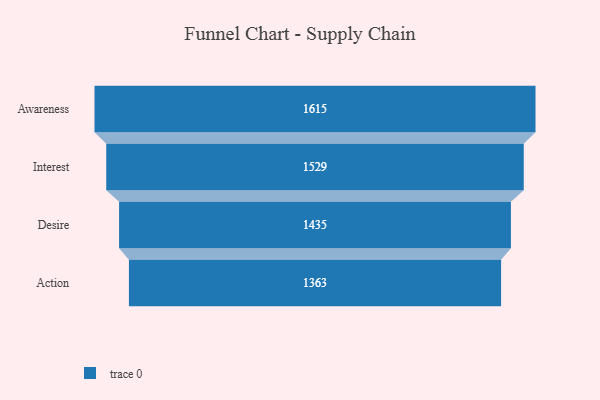
{"axis": {"x": "Stage", "y": "Value"}, "legend": [""], "data": [{"x": "Awareness", "y": 1615.0, "type": ""}, {"x": "Interest", "y": 1529.0, "type": ""}, {"x": "Desire", "y": 1435.0, "type": ""}, {"x": "Action", "y": 1363.0, "type": ""}]}